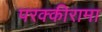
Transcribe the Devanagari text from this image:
परक्कीरामा